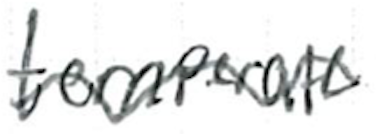
Text: temperate
Cross-out: wave
Writing tool: ballpoint